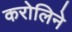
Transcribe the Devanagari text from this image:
करोलिने